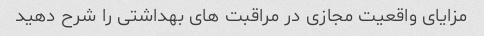
مزایای واقعیت مجازی در مراقبت های بهداشتی را شرح دهید